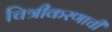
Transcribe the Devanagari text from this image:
चित्रीकरणाची